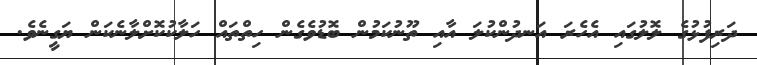
ދަރިފުޅުގެ ލޮލުގައި އެހެރަ އަނދުންކުލަ އާއި ތޫނުކަމުން ބޮޑުވެގެން ހިތްތައް ހަލާކުކޮށްލާނެކަން ޔަގީނެވެ.